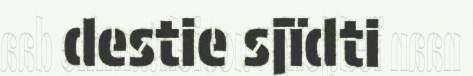
destie sjïdti